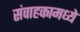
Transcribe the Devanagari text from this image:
संवाहकामध्ये